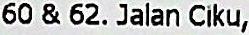
60 & 62. JALAN CIKU,